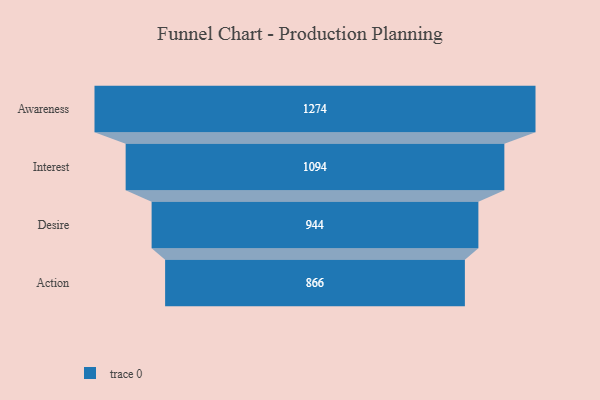
{"axis": {"x": "Stage", "y": "Value"}, "legend": [""], "data": [{"x": "Awareness", "y": 1274.0, "type": ""}, {"x": "Interest", "y": 1094.0, "type": ""}, {"x": "Desire", "y": 944.0, "type": ""}, {"x": "Action", "y": 866.0, "type": ""}]}